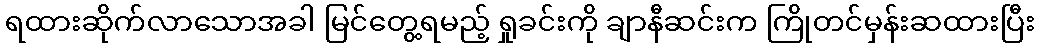
ရထားဆိုက်လာသောအခါ မြင်တွေ့ရမည့် ရှုခင်းကို ချာနီဆင်းက ကြိုတင်မှန်းဆထားပြီး